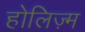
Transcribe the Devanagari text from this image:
होलिज़्म